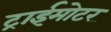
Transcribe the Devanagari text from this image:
ट्राईमोटर